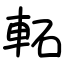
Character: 𨋓